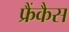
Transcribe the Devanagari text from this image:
फ्रैंकैस